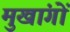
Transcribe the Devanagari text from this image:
मुखांगों